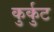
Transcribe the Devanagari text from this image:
कुर्कुट